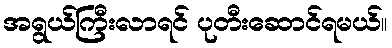
အရွယ်ကြီးလာရင် ပုတီးဆောင်ရမယ်။